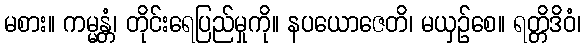
မစား။ ကမ္မန္တံ၊ တိုင်းရေပြည်မှုကို။ နပယောဇေတိ၊ မယှဉ်စေ။ ရတ္တိဒိဝံ၊